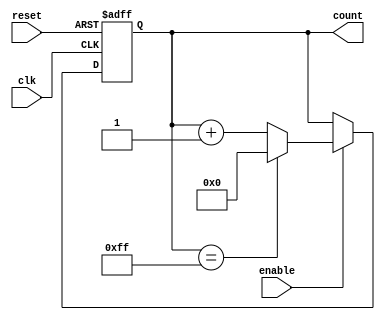
module parameterized_counter #(
    parameter WIDTH = 8,            // Bit-width of the counter
    parameter MAX_VALUE = 255       // Maximum value the counter can reach
) (
    input wire clk,                 // Clock signal
    input wire enable,              // Enable counting
    input wire reset,               // Asynchronous reset
    output reg [WIDTH-1:0] count    // Current counter value
);

    // Define maximum count value based on WIDTH parameter
    localparam MAX_COUNT = (1 << WIDTH) - 1;

    // Asynchronous reset and counting logic
    always @(posedge clk or posedge reset) begin
        if (reset) begin
            count <= 0;             // Reset counter to 0
        end else if (enable) begin
            if (count == MAX_VALUE) begin
                count <= 0;         // Reset counter if max value is reached
            end else begin
                count <= count + 1; // Increment counter
            end
        end
    end

endmodule